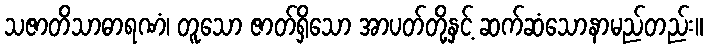
သဇာတိသာဓာရဏံ၊ တူသော ဇာတ်ရှိသော အာပတ်တို့နှင့် ဆက်ဆံသောနာမည်တည်း။